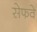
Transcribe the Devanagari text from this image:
सेफवे